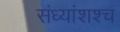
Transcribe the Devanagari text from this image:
संध्यांशश्च